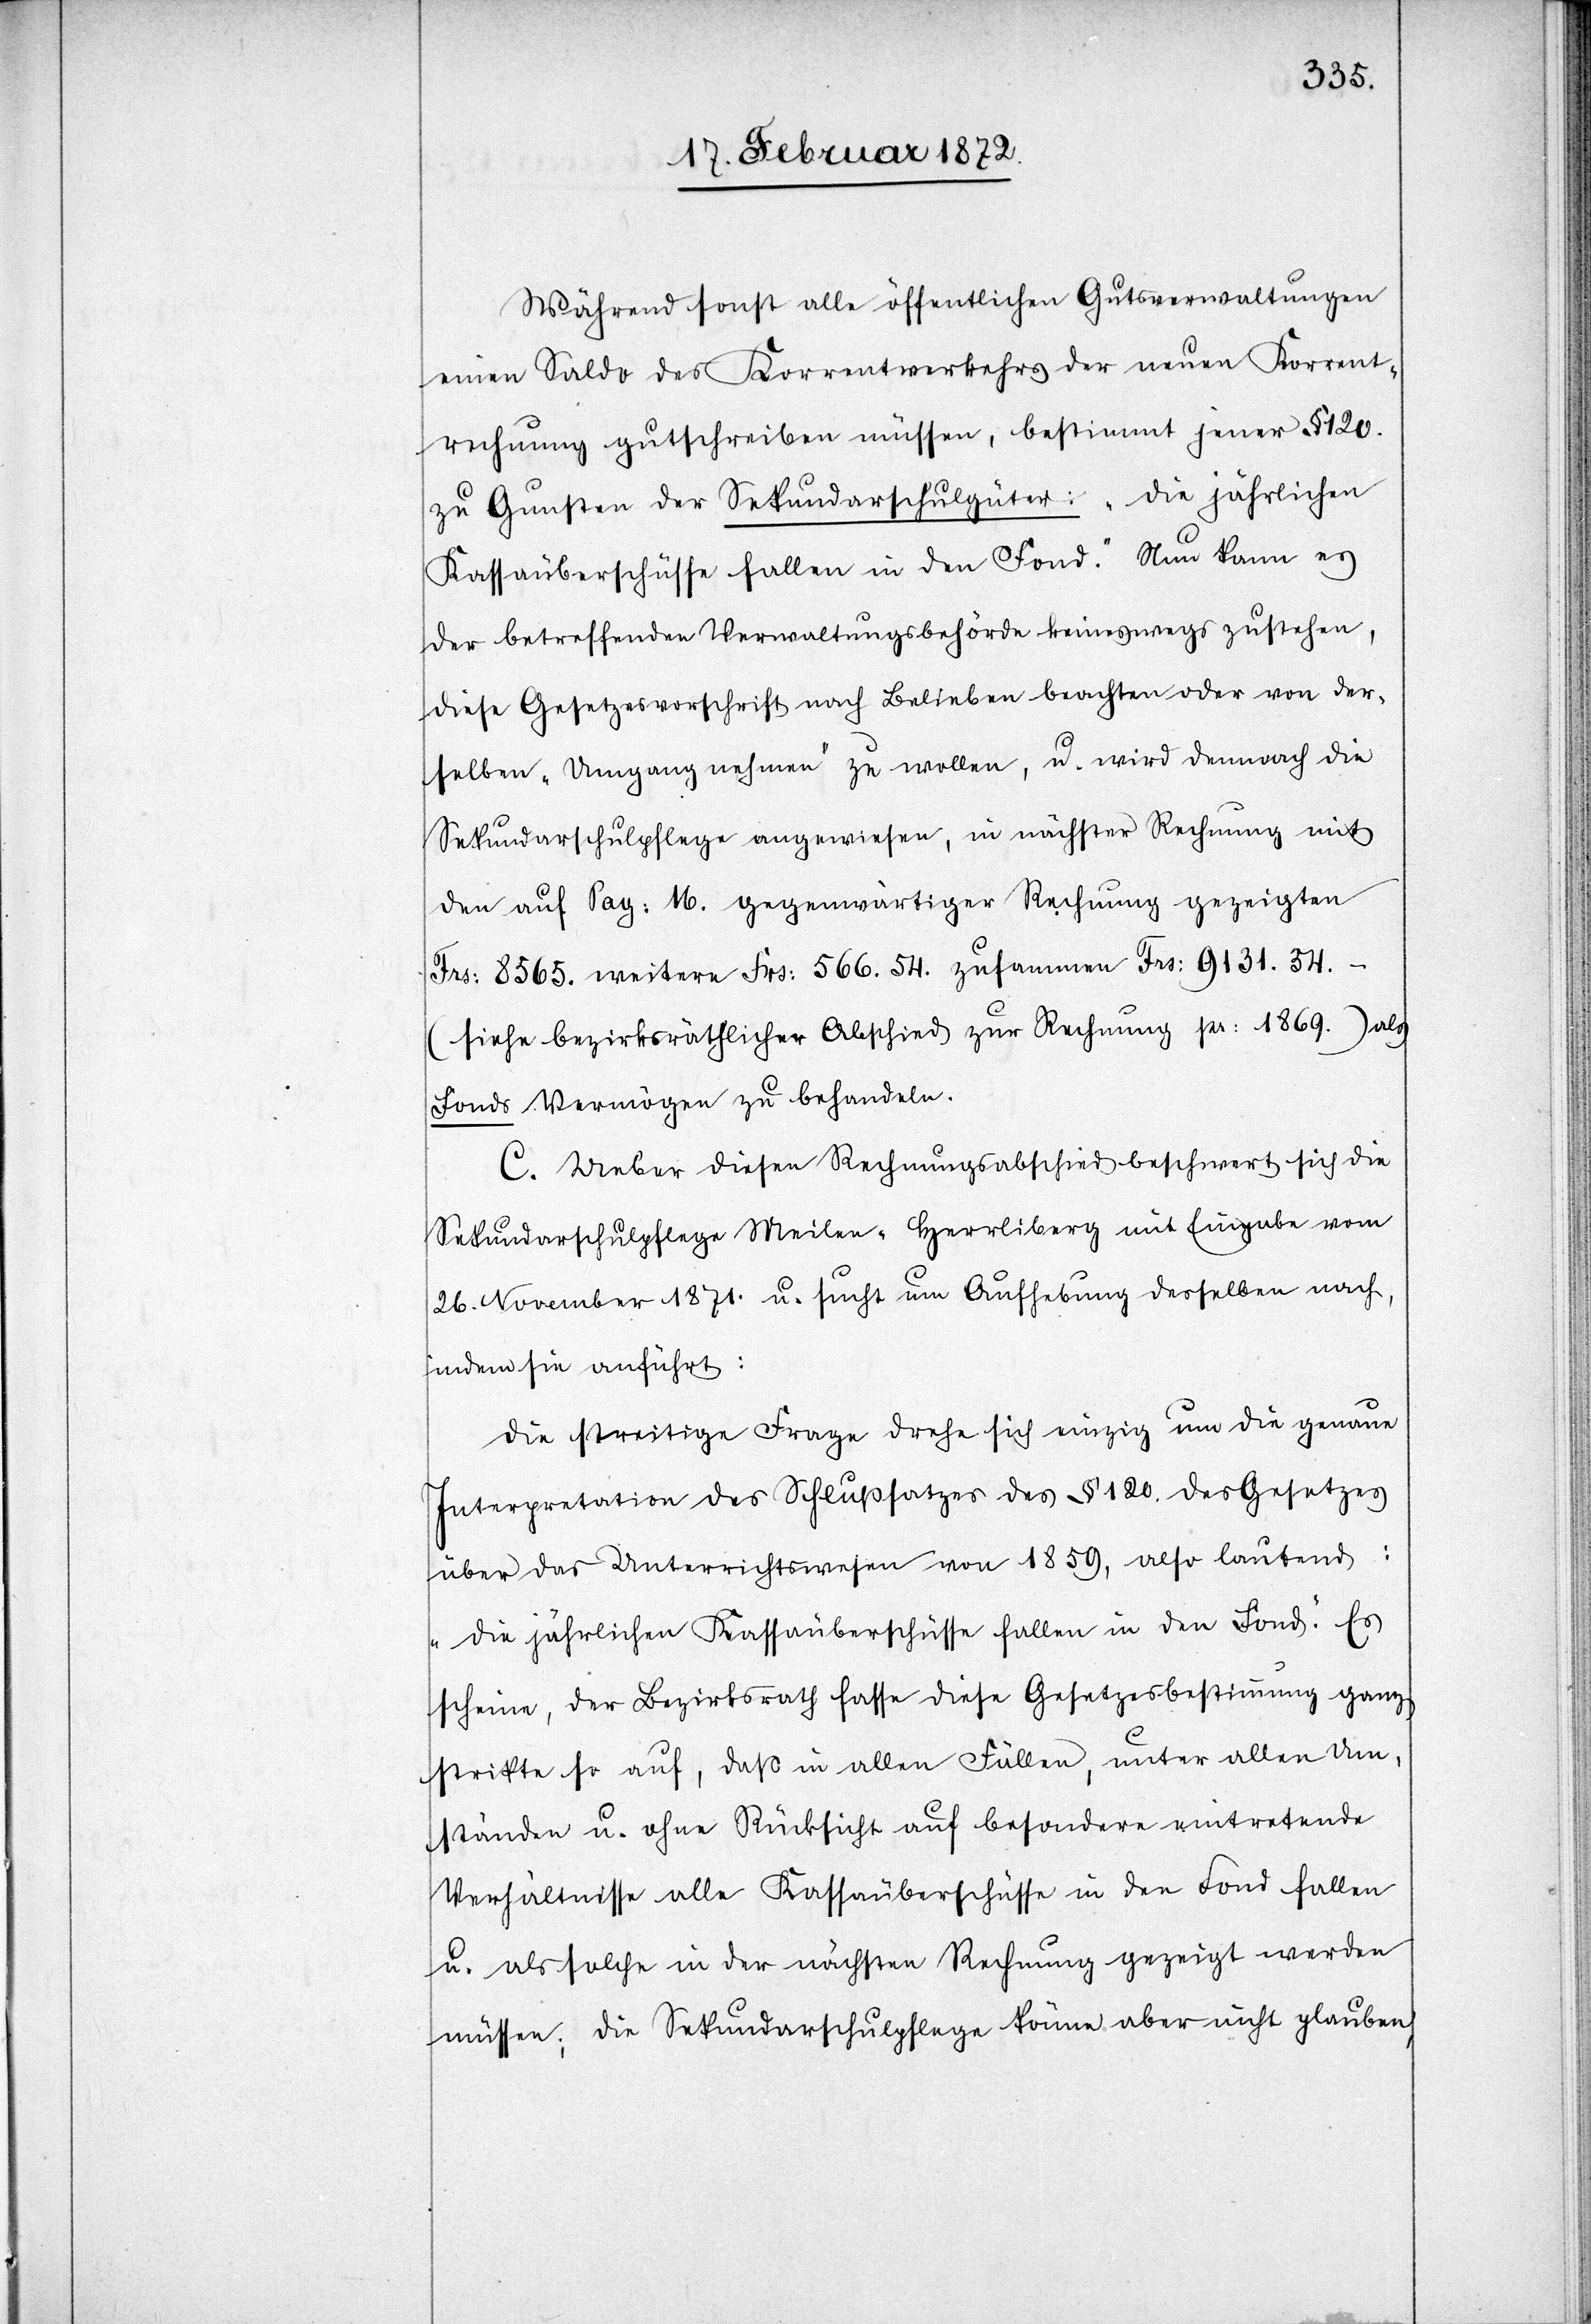
Während sonst alle öffentlichen Gutsverwaltungen
einen Saldo des Korrentverkehrs der neuen Korrent¬
rechnung gutschreiben müssen, bestimmt jener § 120.
zu Gunsten der Sekundarschulgüter: „Die jährlichen
Kassaüberschüsse fallen in den Fond.“ Nun kann es
der betreffenden Verwaltungsbehörde keineswegs zustehen,
diese Gesetzesvorschrift nach Belieben beachten oder von der¬
selben „Umgang nehmen“ zu wollen, u. wird demnach die
Sekundarschulpflege angewiesen, in nächster Rechnung mit
den auf Pag. 16. gegenwärtiger Rechnung gezeigten
Frs. 8565. weitere Frs. 566.54. zusammen Frs. 9131.34.-
(siehe bezirksräthlicher Abschied zur Rechnung pr. 1869.) als
Fonds Vermögen zu behandeln.
C. Ueber diesen Rechnungsabschied beschwert sich die
Sekundarschulpflege Meilen-Herrliberg mit Eingabe vom
26. November 1871. u. sucht um Aufhebung desselben nach,
indem sie anführt:
Die streitige Frage drehe sich einzig um die genaue
Interpretation des Schlußsatzes des § 120. des Gesetzes
über das Unterrichtswesen von 1859, also lautend:
„Die jährlichen Kassaüberschüsse fallen in den Fond.“ Es
scheine, der Bezirksrath fasse diese Gesetzesbestimmung ganz
strikte so auf, daß in allen Fällen, unter allen Um¬
ständen u. ohne Rücksicht auf besondere eintretende
Verhältnisse alle Kassaüberschüsse in den Fond fallen
u. als solche in der nächsten Rechnung gezeigt werden
müsse; die Sekundarschulpfelge könne aber nicht glauben,